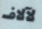
لآلاف